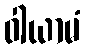
ဝါယာမံ